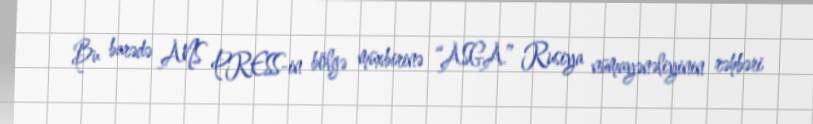
Bu barədə ANS PRESS-in bölgə müxbirinə “ASGA” Rusiya nümayənəliyinin rəhbəri